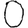
Digit: 0